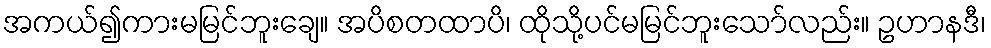
အကယ်၍ကားမမြင်ဘူးချေ။ အပိစတထာပိ၊ ထိုသို့ပင်မမြင်ဘူးသော်လည်း။ ဥဟာနဒီ၊